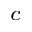
_ c